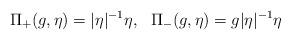
LaTeX: \begin{align*}\Pi_+(g,\eta)=|\eta|^{-1}\eta,\ \ \Pi_-(g,\eta)=g|\eta|^{-1}\eta\end{align*}